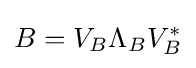
B=V_{B}\Lambda _{B}V_{B}^{*}